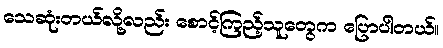
သေဆုံးတယ်လို့လည်း စောင့်ကြည့်သူတွေက ပြောပါတယ်။